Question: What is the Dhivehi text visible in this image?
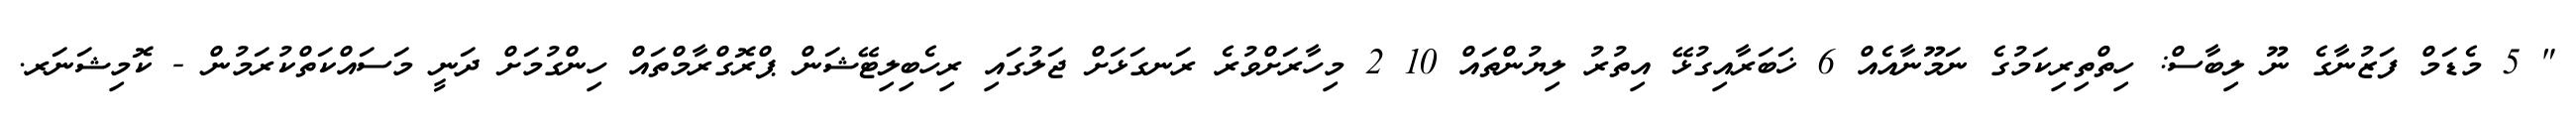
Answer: " 5 މެޑަމް ފަޒުނާގެ ނޫ ލިބާސް: ހިތްތިރިކަމުގެ ނަމޫނާއެއް 6 ޚަބަރާއިގުޅޭ އިތުރު ލިޔުންތައް 10 2 މިހާރަށްވުރެ ރަނގަޅަށް ޖަލުގައި ރިހެބިލިޓޭޝަން ޕްރޮގްރާމްތައް ހިންގުމަށް ދަނީ މަސައްކަތްކުރަމުން - ކޮމިޝަނަރ.